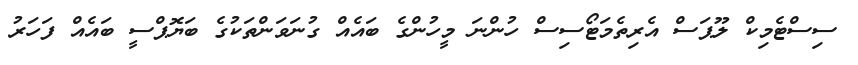
ސިސްޓެމިކް ލޫޕަސް އެރިތެމަޓޯސިސް ހުންނަ މީހުންގެ ބައެއް ގުނަވަންތަކުގެ ބަޔޮޕްސީ ބައެއް ފަހަރު